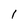
Character: 1